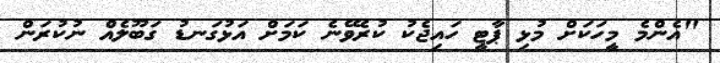
"އެންމެ މީހަކަށް މުޅި ޕާޓީ ހައިޖެކު ކުރެވޭނެ ކަމަށް އަޅުގަނޑު ގަބޫލެއް ނުކުރަން